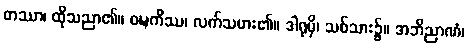
တဿာ၊ ထိုသညာ၏။ ဝဍ္ဎကိဿ၊ လက်သမား၏။ ဒါရုမှိ၊ သစ်သား၌။ အဘိညာဏံ၊